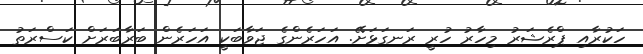
ހަކުރާއި ޕްރެޝަރު މިިހާރު ހުރީ ރަނގަޅަށޭ. އަހަރެންގެ ޖަވާބަކީ އަހަރެން ބަރާބަރަށް ކަސްރަތު